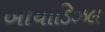
બાયોડિઝલ